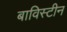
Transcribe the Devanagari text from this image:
बाविस्टीन